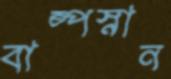
বাষ্পস্নান